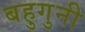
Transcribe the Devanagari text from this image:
बहुगुनी